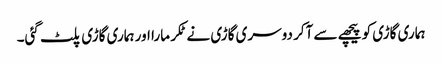
ہماری گاڑی کو پیچھے سے آکر دوسری گاڑی نے ٹکر مارا اور ہماری گاڑی پلٹ گئی۔